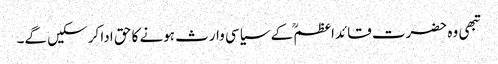
تبھی وہ حضرت قائداعظمؒ کے سیاسی وارث ہونے کا حق ادا کر سکیں گے۔